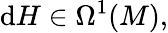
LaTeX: \mathrm{d}H\in\Omega^{1}(M),